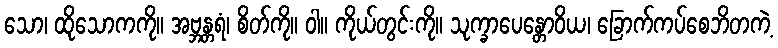
သော၊ ထိုသောကကို။ အဗ္ဘန္တရံ၊ စိတ်ကို။ ဝါ။ ကိုယ်တွင်းကို။ သုက္ခာပေန္တောဝိယ၊ ခြောက်ကပ်စေဘိတကဲ့